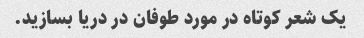
یک شعر کوتاه در مورد طوفان در دریا بسازید.